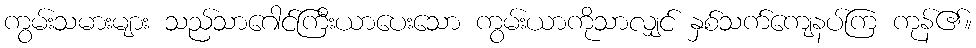
ကွမ်းသမားများ သည်သာဂေါင်ကြီးယာပေးသော ကွမ်းယာကိုသာလျှင် နှစ်သက်ကျေနပ်ကြ ကုန်၏။